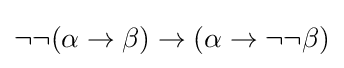
\neg \neg (\alpha \to \beta )\to (\alpha \to \neg \neg \beta )